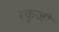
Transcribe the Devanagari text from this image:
रकृजी